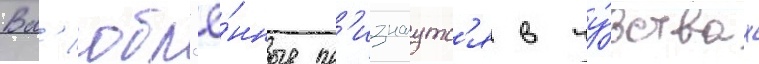
Вл'юбл'ё́нные пр'изнаутс'я в чу́вствах